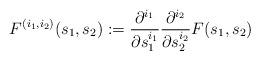
LaTeX: \begin{align*} F^{(i_1,i_2)}(s_1,s_2) := \frac{\partial^{i_1}}{\partial s_{1}^{i_1}} \frac{\partial^{i_2}}{\partial s_{2}^{i_2}} F(s_1,s_2)\end{align*}